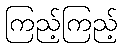
ကြည့်ကြည့်